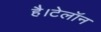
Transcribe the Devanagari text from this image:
है।टेलॉन